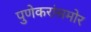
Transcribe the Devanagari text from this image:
पुणेकरांसमोर